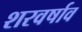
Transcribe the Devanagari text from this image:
शरवर्षाव